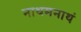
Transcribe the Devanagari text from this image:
नाथमनाथं